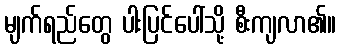
မျက်ရည်တွေ ပါးပြင်ပေါ်သို့ စီးကျလာ၏။